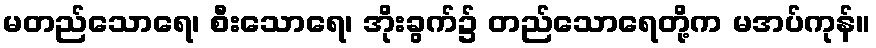
မတည်သောရေ၊ စီးသောရေ၊ အိုးခွက်၌ တည်သောရေတို့က မအပ်ကုန်။